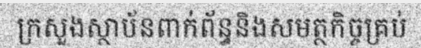
ក្រសួងស្ថាប័នពាក់ព័ន្ធនិងសមត្ថកិច្ចគ្រប់